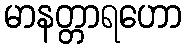
မာနတ္တာရဟော